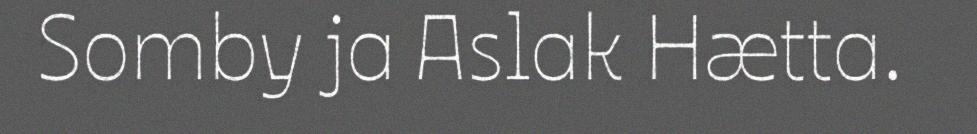
Somby ja Aslak Hætta.